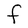
Character: F